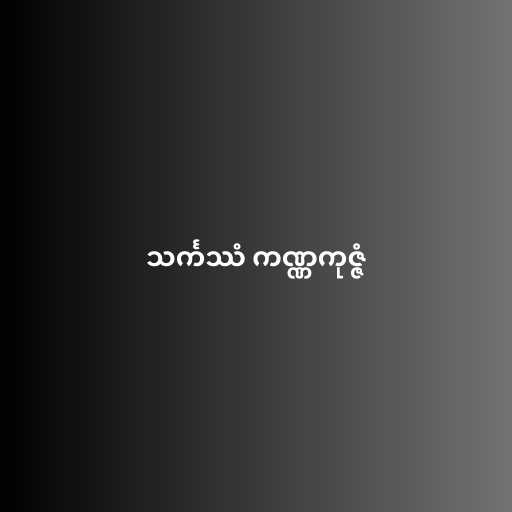
သင်္ကဿံ ကဏ္ဏကုဇ္ဇံ